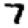
Digit: 7